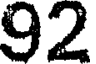
92